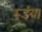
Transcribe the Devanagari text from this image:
रूईया